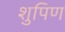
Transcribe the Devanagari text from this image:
शुपिण